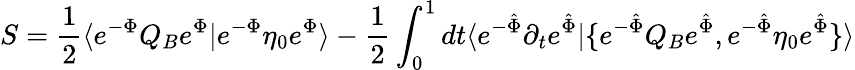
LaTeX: S={\frac{1}{2}}\langle e^{-\Phi}Q_{B}e^{\Phi}|e^{-\Phi}\eta_{0}e^{\Phi}\rangle-{\frac{1}{2}}\int_{0}^{1}dt\langle e^{-{\hat{\Phi}}}\partial_{t}e^{\hat{\Phi}}|\{ e^{-{\hat{\Phi}}}Q_{B}e^{\hat{\Phi}},e^{-{\hat{\Phi}}}\eta_{0}e^{\hat{\Phi}}\} \rangle